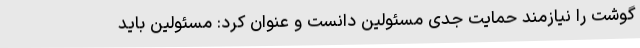
گوشت را نیازمند حمایت جدی مسئولین دانست و عنوان کرد: مسئولین باید